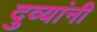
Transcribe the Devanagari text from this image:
दुव्यांनी